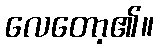
လေတော့၏။